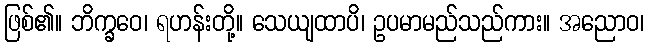
ဖြစ်၏။ ဘိက္ခဝေ၊ ရဟန်းတို့။ သေယျထာပိ၊ ဥပမာမည်သည်ကား။ အညောဝ၊